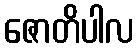
ဇောတိပါလ